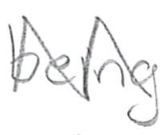
Text: being
Cross-out: zig-zag
Writing tool: pencil